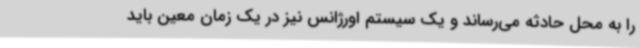
را به محل حادثه می‌رساند و یک سیستم اورژانس نیز در یک زمان معین باید